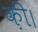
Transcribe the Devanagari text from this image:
क़ी।